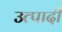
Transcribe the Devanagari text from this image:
उत्पादी